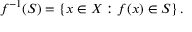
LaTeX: f ^ { - 1 } ( S ) = \left\{ x \in X : f ( x ) \in S \right\} .